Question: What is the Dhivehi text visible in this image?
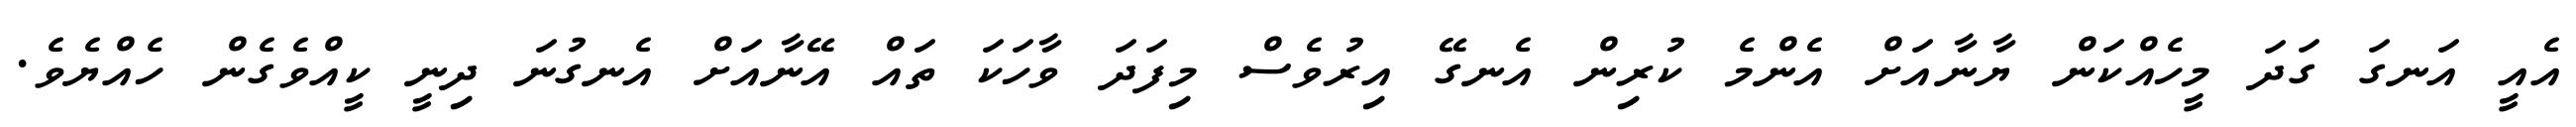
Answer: އެއީ އަނގަ ގަދަ މީހެއްކަން ޔާނާއަށް އެންމެ ކުރިން އެނގޭ އިރުވެސް މިފަދަ ވާހަކަ ތައް އޭނާއަށް އެނގުނަ ދިނީ ކީއްވެގެން ހެއްޔެވެ.